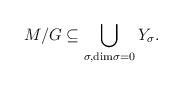
LaTeX: \begin{align*}M/G \subseteq \bigcup_{\sigma, \mathrm{dim}\sigma =0} Y_{\sigma}.\end{align*}